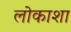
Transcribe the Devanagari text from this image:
लोकाशा